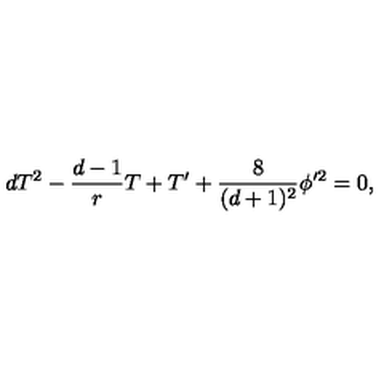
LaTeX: d T ^ { 2 } - { \frac { d - 1 } { r } } T + T ^ { \prime } + { \frac { 8 } { ( d + 1 ) ^ { 2 } } } \phi ^ { \prime 2 } = 0 ,